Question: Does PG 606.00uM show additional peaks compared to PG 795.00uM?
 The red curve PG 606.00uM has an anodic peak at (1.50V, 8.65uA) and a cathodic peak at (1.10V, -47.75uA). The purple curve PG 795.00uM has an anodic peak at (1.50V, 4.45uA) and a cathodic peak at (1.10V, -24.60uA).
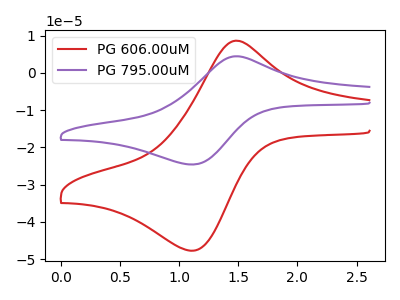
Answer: <think>All the peaks in "PG 606.00uM" have a peak in "PG 795.00uM" at the same potential. Every peak in "PG 606.00uM" is higher than every peak in "PG 795.00uM".
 </think>
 <answer>No, "PG 606.00uM" and "PG 795.00uM" don't appear to be significantly different in shape</answer>
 <eval>no_change</eval>